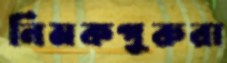
নিমকপুরুরা